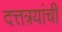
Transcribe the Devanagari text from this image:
दत्तत्रयांची